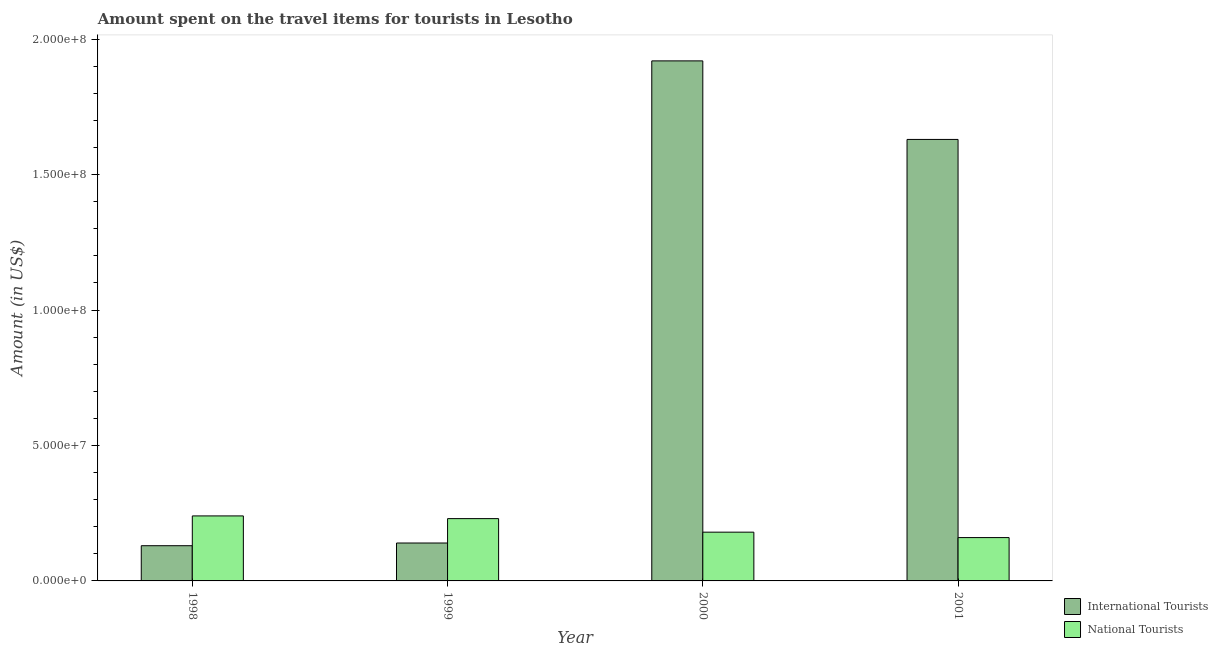
| Year | International Tourists | National Tourists |
 | --- | --- | --- |
 | 1998 | 1.3e+07 | 2.4e+07 |
 | 1999 | 1.4e+07 | 2.3e+07 |
 | 2000 | 1.92e+08 | 1.8e+07 |
 | 2001 | 1.63e+08 | 1.6e+07 |